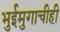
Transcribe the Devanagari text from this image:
भुईमुगाचीही